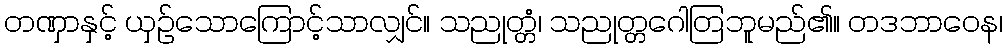
တဏှာနှင့် ယှဉ်သောကြောင့်သာလျှင်။ သညုတ္တံ၊ သညုတ္တဂေါတြဘူမည်၏။ တဒဘာဝေန၊